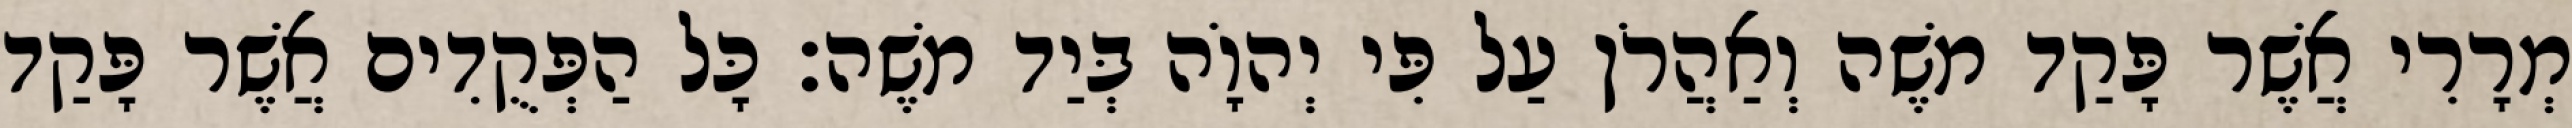
מְרָרִי אֲשֶׁר פָּקַד משֶׁה וְאַהֲרֹן עַל פִּי יְהוָֹה בְּיַד משֶׁה׃ כָּל הַפְּקֻדִים אֲשֶׁר פָּקַד